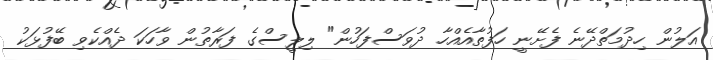
އަލުން ހިދުމަތްދޭނެ ފެށޭނީ ހަފުތާއެއްހާ ދުވަސްފަހުން" ލިލީސްގެ ފަރާތުން ވާހަކަ ދެއްކެވި ބޭފުޅަކު